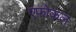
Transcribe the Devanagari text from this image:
एफोकल